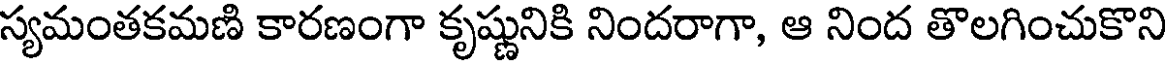
స్యమంతకమణి కారణంగా కృష్ణునికి నిందరాగా, ఆ నింద తొలగించుకొని